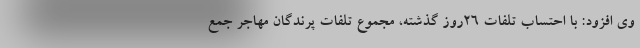
وی افزود: با احتساب تلفات ۲۶روز گذشته، مجموع تلفات پرندگان مهاجر جمع